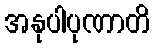
အနုပါပုဏာတိ